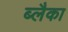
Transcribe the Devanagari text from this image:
ब्लैका